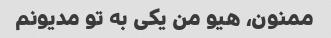
ممنون، هیو من یکی به تو مدیونم